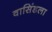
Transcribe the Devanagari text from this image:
वासिंडला